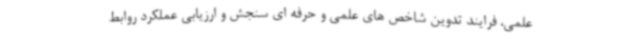
علمی، فرایند تدوین شاخص های علمی و حرفه ای سنجش و ارزیابی عملکرد روابط